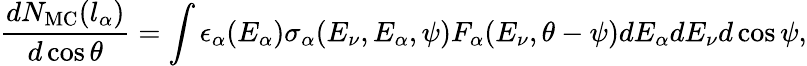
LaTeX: {\frac{dN_{\mathrm{MC}}(l_{\alpha})}{d\cos\theta}}=\int\epsilon_{\alpha}(E_{\alpha})\sigma_{\alpha}(E_{\nu},E_{\alpha},\psi)F_{\alpha}(E_{\nu},\theta-\psi)dE_{\alpha}dE_{\nu}d\cos\psi,